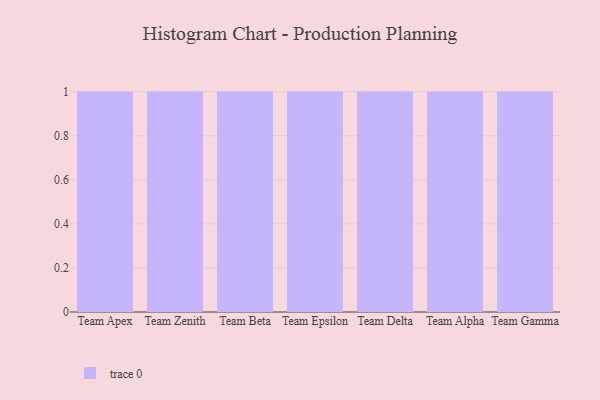
{"axis": {"x": "Team", "y": "Page Views"}, "legend": [""], "data": [{"x": "Team Apex", "y": 76, "type": ""}, {"x": "Team Zenith", "y": 24, "type": ""}, {"x": "Team Beta", "y": 83, "type": ""}, {"x": "Team Epsilon", "y": 6, "type": ""}, {"x": "Team Delta", "y": 36, "type": ""}, {"x": "Team Alpha", "y": 83, "type": ""}, {"x": "Team Gamma", "y": 13, "type": ""}]}